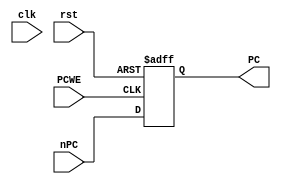
module PC (PCWE,rst,clk,nPC,PC);//(rst,clk,PCWrite,nPC,PC);
    input 		  PCWE;
    input         rst;
    input         clk;
    //input         PCWrite;
    input [31:0]  nPC;
    output [31:0] PC;
    
    reg [31:0]    PC;
    
    always@(posedge PCWE or posedge rst )begin
       if(rst)
          PC <= 'h00003000;
       else if (PCWE)
          PC <= nPC;
     end  
endmodule